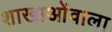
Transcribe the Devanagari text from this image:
शाखाओंवाला